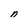
Character: n